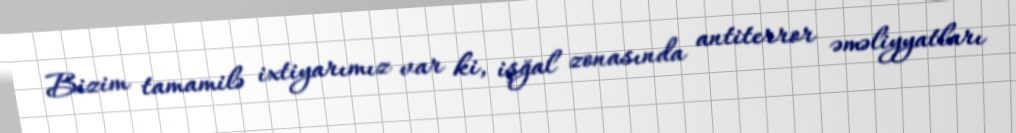
Bizim tamamilə ixtiyarımız var ki, işğal zonasında antiterror əməliyyatları